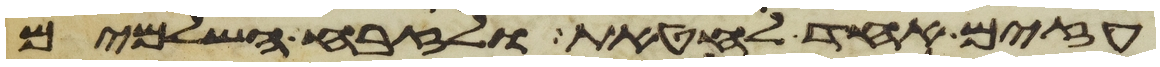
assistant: עזים אחד לחטאת ולזבח השלמים